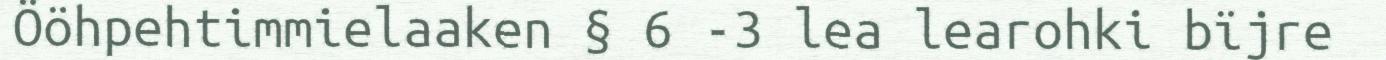
Ööhpehtimmielaaken § 6 -3 lea learohki bïjre